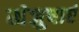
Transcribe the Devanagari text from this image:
मंजुषाएं